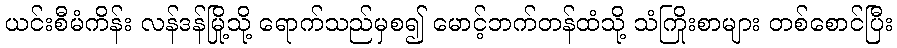
ယင်းစီမံကိန်း လန်ဒန်မြို့သို့ ရောက်သည်မှစ၍ မောင့်ဘက်တန်ထံသို့ သံကြိုးစာများ တစ်စောင်ပြီး